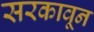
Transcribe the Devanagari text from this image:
सरकावून